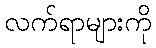
လက်ရာများကို